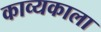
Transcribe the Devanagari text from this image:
काव्यकाला